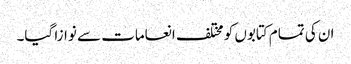
ان کی تمام کتابوں کو مختلف انعامات سے نوازا گیا۔